King Institute of Preventive Medicine Bacteriolog. Section reports 1907-08
Year: 1907
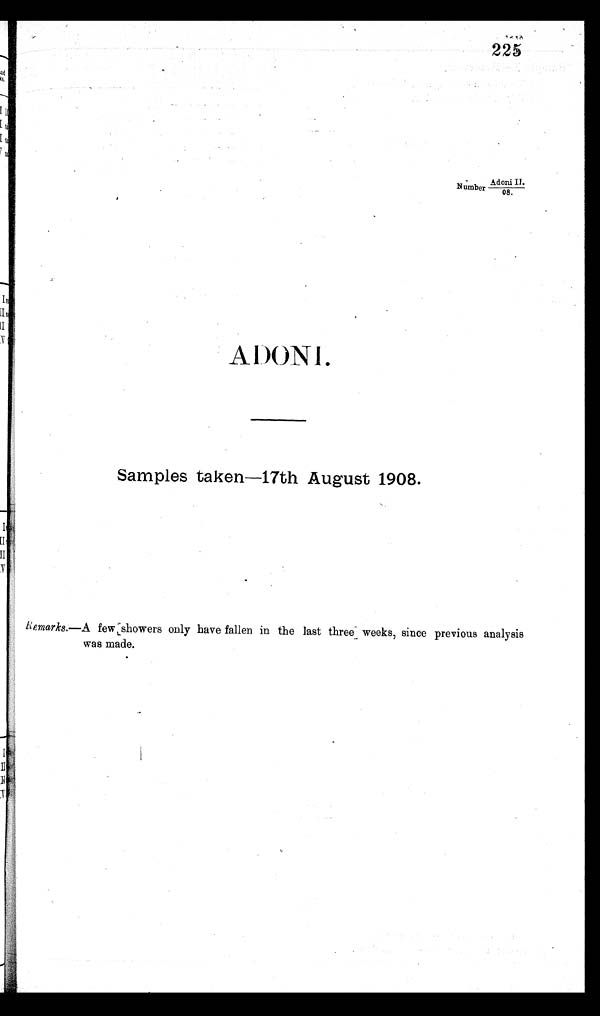
225
Adoni II.
Number
08.
ADONI.
Samples taken—17th August 1908.
Remarks.—A few showers only have fallen in the last three weeks, since previous analysis
was made.